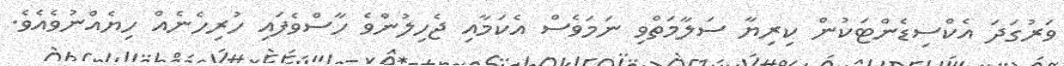
ވަރުގަދަ އެކްސިޑެންޓަކުން ކިރިޔާ ސަލާމަތްވި ނަމަވެސް އެކަމާއި ޖެހިލުންވެ ހާސްވެފައި ހުރިހެނެއް ހިޔެއްނުވެއެވެ.